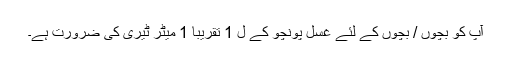
آپ کو بچوں / بچوں کے لئے غسل پونچو کے ل 1 تقریبا 1 میٹر ٹیری کی ضرورت ہے۔